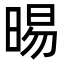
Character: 晹